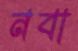
নবা